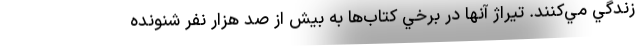
زندگي مي‌كنند. تيراژ آنها در برخي كتاب‌ها به بيش از صد هزار نفر شنونده